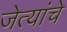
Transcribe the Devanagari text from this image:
जेत्यांचे